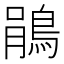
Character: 鵑